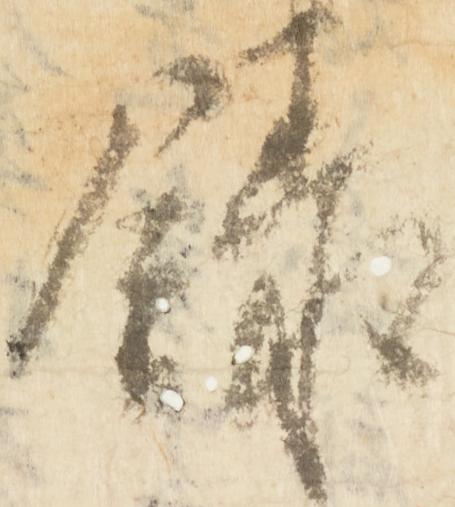
録